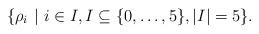
LaTeX: \begin{align*}\{\rho_i \,\, \vert \,\, i\in I, I\subseteq\{0,\dots,5\}, |I|=5\}.\end{align*}